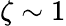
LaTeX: \zeta\sim 1